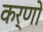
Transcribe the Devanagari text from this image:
कर्णो